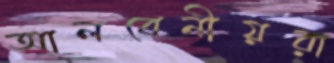
আলবেনীয়রা